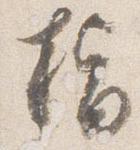
指